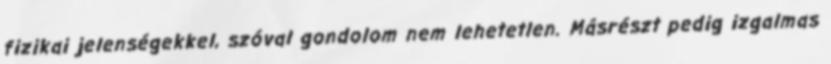
fizikai jelenségekkel, szóval gondolom nem lehetetlen. Másrészt pedig izgalmas